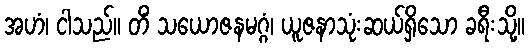
အဟံ၊ ငါသည်။ တိံ သယောဇနမဂ္ဂံ၊ ယူဇနာသုံးဆယ်ရှိသော ခရီးသို့။